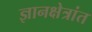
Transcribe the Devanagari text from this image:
ज्ञानक्षेत्रांत